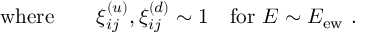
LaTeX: \mathrm { w h e r e } \qquad { \xi } _ { i j } ^ { ( u ) } , { \xi } _ { i j } ^ { ( d ) } \sim 1 \quad \mathrm { { f o r } } \ E \sim E _ { \mathrm { e w } } \ .